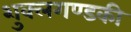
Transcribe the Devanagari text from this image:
शुक्लगण्डकी